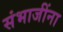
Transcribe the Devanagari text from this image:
संभाजींना